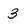
Character: 3